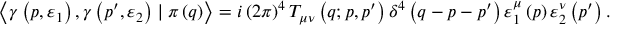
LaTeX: \left\langle \gamma \left( p , \varepsilon _ { 1 } \right) , \gamma \left( p ^ { \prime } , \varepsilon _ { 2 } \right) \mid \pi \left( q \right) \right\rangle = i \left( 2 \pi \right) ^ { 4 } T _ { \mu \nu } \left( q ; p , p ^ { \prime } \right) \delta ^ { 4 } \left( q - p - p ^ { \prime } \right) \varepsilon _ { 1 } ^ { \mu } \left( p \right) \varepsilon _ { 2 } ^ { \nu } \left( p ^ { \prime } \right) .